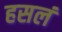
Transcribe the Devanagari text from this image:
हसलं